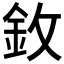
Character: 𫒋